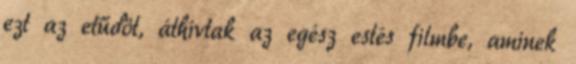
ezt az etűdöt, áthívtak az egész estés filmbe, aminek